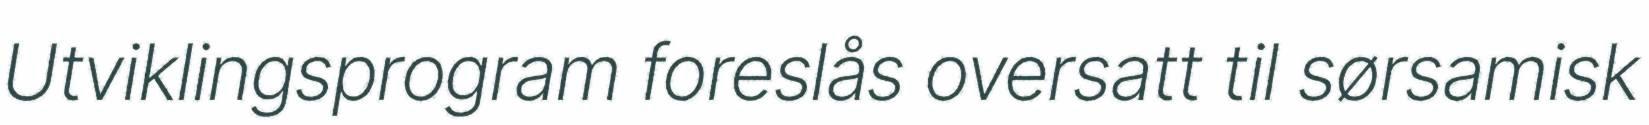
Utviklingsprogram foreslås oversatt til sørsamisk